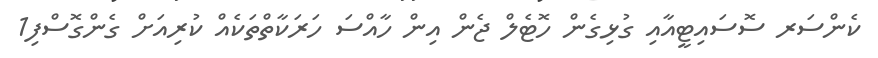
ކެންސަރ ސޮސައިޓީއާއި ގުޅިގެން ހޮޓެލް ޖެން އިން ހާއްސަ ހަރަކާތްތަކެއް ކުރިއަށް ގެންގޮސްފި1